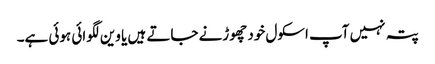
پتہ نہیں آپ اسکول خود چھوڑنے جاتے ہیں یا وین لگوائی ہوئی ہے۔